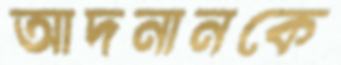
আদনানকে